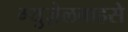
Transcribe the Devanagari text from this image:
ग्युज़ेलबाहसे